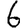
Digit: 6